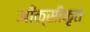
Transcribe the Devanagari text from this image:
आँक्सीकृत